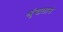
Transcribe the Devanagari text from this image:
श्रृंखलासे